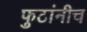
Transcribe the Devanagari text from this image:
फुटांनीच